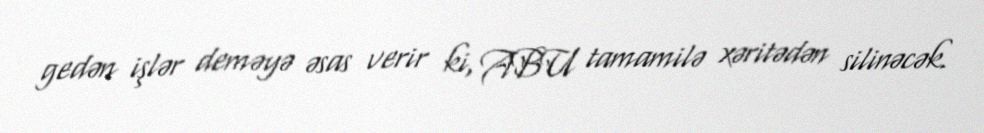
gedən işlər deməyə əsas verir ki, ABU tamamilə xəritədən silinəcək.